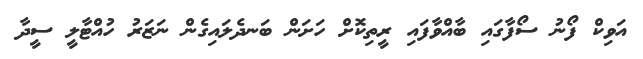
އަވިކް ފޯނު ސޯފާގައި ބާއްވާފައި ރީތިކޮށް ހަށަން ބަނދެލައިގެން ނަޒަރު ހުއްޓާލީ ސީދާ